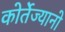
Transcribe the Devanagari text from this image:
कोर्तेज्यानो